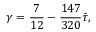
\gamma = \frac { 7 } { 1 2 } - \frac { 1 4 7 } { 3 2 0 } \Bar { \tau } ,